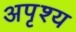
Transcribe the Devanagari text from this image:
अपृश्‍य